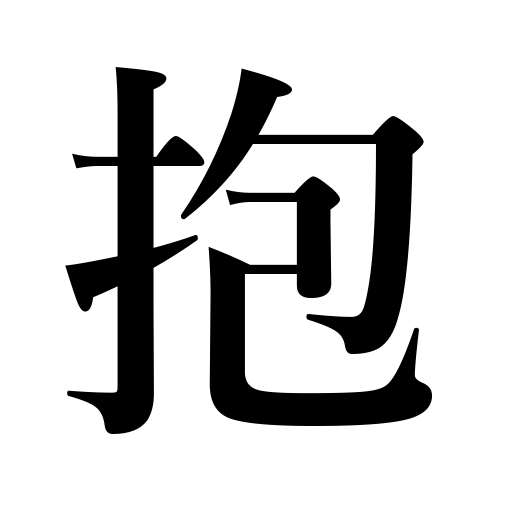
Meanings: hug,entertain hope,harbor malice,sit on eggs,hold in the arms,cherish a desire,have,hold,hold or carry under or in the arms,embrace